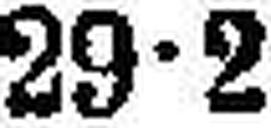
29•2